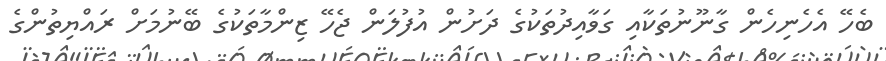
ބެހޭ އެހެނިހެން ގާނޫނުތަކާއި ގަވާއިދުތަކުގެ ދަށުން އުފުލަން ޖެހޭ ޒިންމާތަކުގެ ބޭނުމަށް ރައްޔިތުންގެ